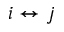
i \leftrightarrow j